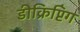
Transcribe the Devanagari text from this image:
डीक्रिप्टिंग